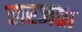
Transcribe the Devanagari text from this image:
लरजता